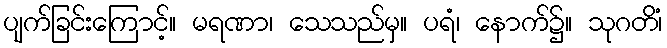
ပျက်ခြင်းကြောင့်။ မရဏာ၊ သေသည်မှ။ ပရံ၊ နောက်၌။ သုဂတိံ၊